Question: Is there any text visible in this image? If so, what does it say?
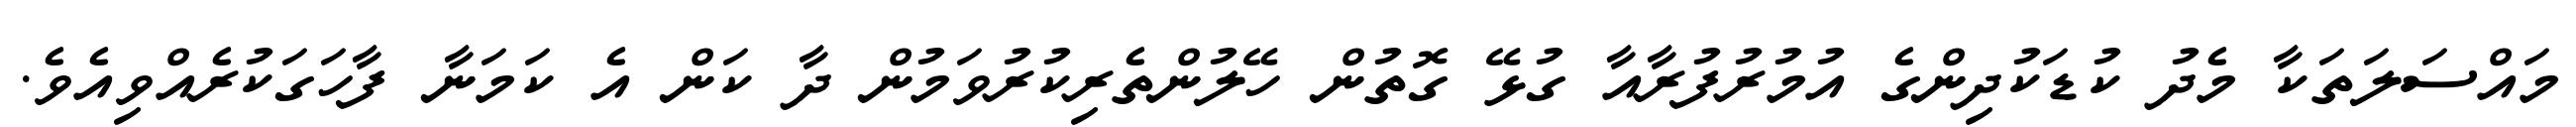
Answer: މައްސަލަތަކާ މެދު ކުޑަކުދިންގެ އުމުރުފުރާއާ ގުޅޭ ގޮތުން ހޭލުންތެރިކުރުވަމުން ދާ ކަން އެ ކަމަނާ ފާހަގަކުރެއްވިއެވެ.